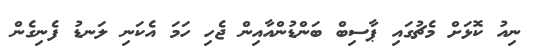
ނިއު ކޮޅަށް މެޗުގައި ޕާސިބް ބަންޑުންއާއިން ޖެހި ހަމަ އެކަނި ލަނޑު ފެނިގެން